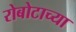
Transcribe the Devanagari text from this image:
रोबोटाच्या